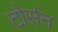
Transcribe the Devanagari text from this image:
टोर्सन